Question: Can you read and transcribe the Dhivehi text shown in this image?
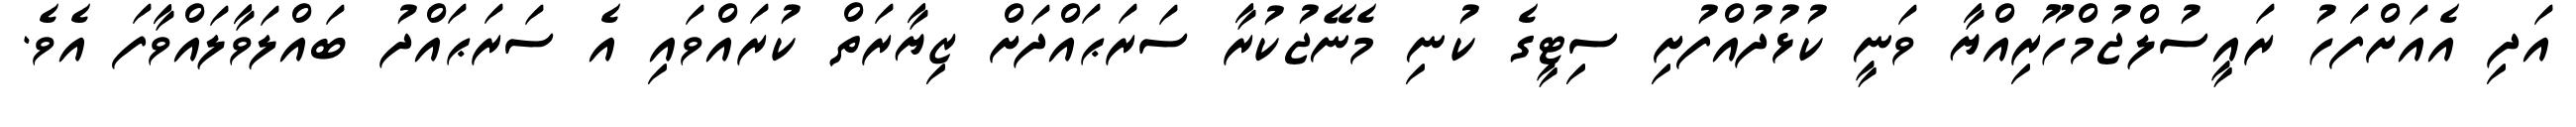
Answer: އަދި އެއަށްފަހު ރައީސުލްޖުމްހޫރިއްޔާ ވަނީ ކުޅުދުއްފުށި ސިޓީގެ ކުނި މެނޭޖުކުރާ ސަރަޙައްދަށް ޒިޔާރަތް ކުރައްވައި އެ ސަރަޙައްދު ބައްލަވާލައްވާފަ އެވެ.